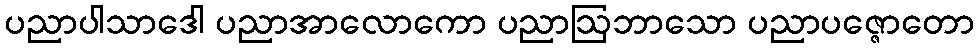
ပညာပါသာဒေါ ပညာအာလောကော ပညာဩဘာသော ပညာပဇ္ဇောတော